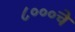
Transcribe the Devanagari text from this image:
८०००चे